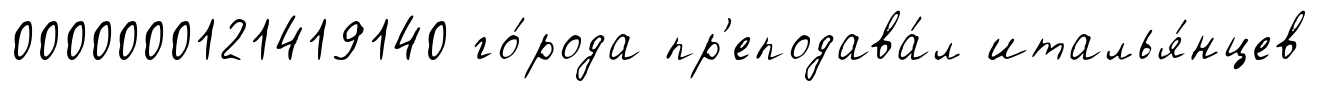
0000000121419140 го́рода пр'еподава́л италья́нцев